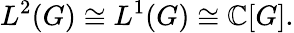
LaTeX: L^{2}(G)\cong L^{1}(G)\cong\mathbb{C}[G].